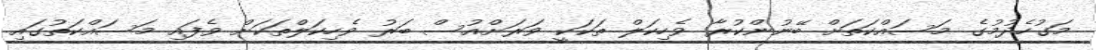
މަގުހެދުމުގެ މަސައްކަތަށް ބޭނުންކުރާ ވެހިކަލް ތަކަކީ ވަރަށްއުސް ބަރު ވެހިކަލްތަކަށް ވެފައި މަސައްކަތުގައި